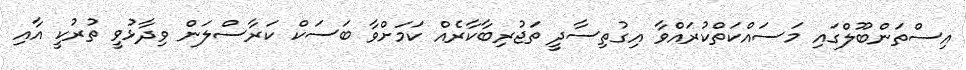
އިސްތަންބޫލްގައި މަސައްކަތްކުރައްވާ އިގުތިސާދީ ތަޖުރިބާކާރެއް ކަމަށްވާ ބަސަކް ކަރާސްލަން ވިދާޅުވީ ތުރުކީ އާއި